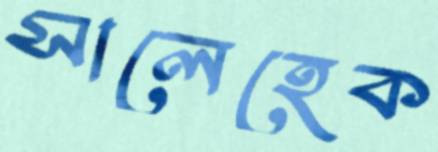
সালেহেক